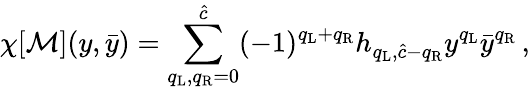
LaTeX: \chi[{\cal M}](y,\bar{y})=\sum_{q_{\mathrm{L}},q_{\mathrm{R}}=0}^{\hat{c}}(-1)^{q_{\mathrm{L}}+q_{\mathrm{R}}}h_{q_{\mathrm{L}},\hat{c}-q_{\mathrm{R}}}y^{q_{\mathrm{L}}}\bar{y}^{q_{\mathrm{R}}}\, ,